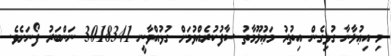
މި އިޢުލާނާ ގުޅިގެން އިތުރު މަޢުލޫމާތު ސާފުކުރެއްވުމަށް ގުޅުއްވާނީ 3018341 ނަންބަރު ފޯނަށެވެ.